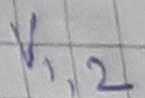
Text: V1,2